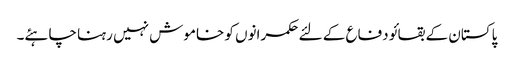
پاکستان کے بقا ئو دفاع کے لئے حکمرانوں کو خاموش نہیں رہنا چاہئے۔